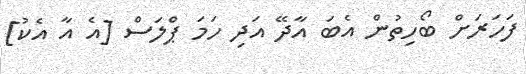
ފަހަރަށް ބޯހިތުން އެބަ އާދޭ އަދި ހަމަ ޕްލަސް [އެ އާ އެކު]